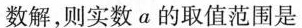
数解，则实数a的取值范围是